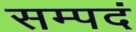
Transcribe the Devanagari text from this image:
सम्पदं